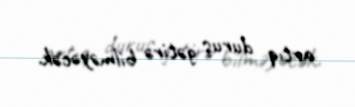
artıq duruş gətirə bilməyəcək.